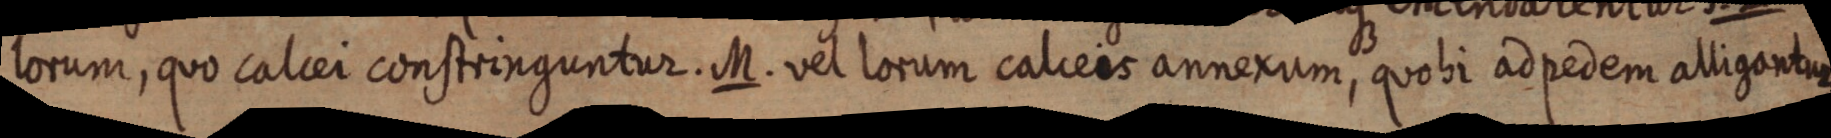
lorum, quo calcei constringuntur. M. vel lorum calceis annexum, quobi ad pedem alligantur